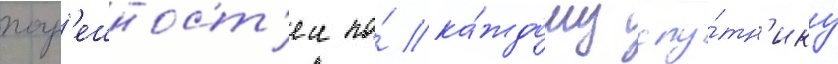
погр'ешност'еи по́ ка́ждому спу́тн'ику